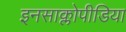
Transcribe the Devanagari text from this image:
इनसाक्लोपीडिया